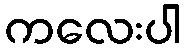
ကလေးပါ